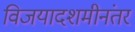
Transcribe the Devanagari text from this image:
विजयादशमीनंतर